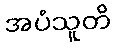
အပံသူတိ